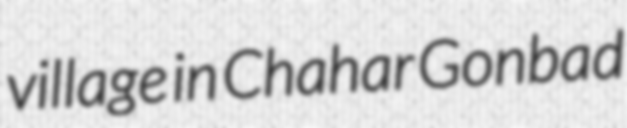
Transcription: village in Chahar Gonbad